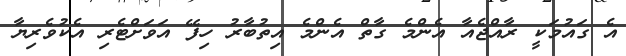
އެ ގައުމަކީ ރާއްޖެއާ އެންމެ ގާތް އެންމެ އިތުބާރު ހިފޭ އަވަށްޓެރި އެކުވެރިޔާ